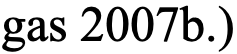
gas 2007b.)